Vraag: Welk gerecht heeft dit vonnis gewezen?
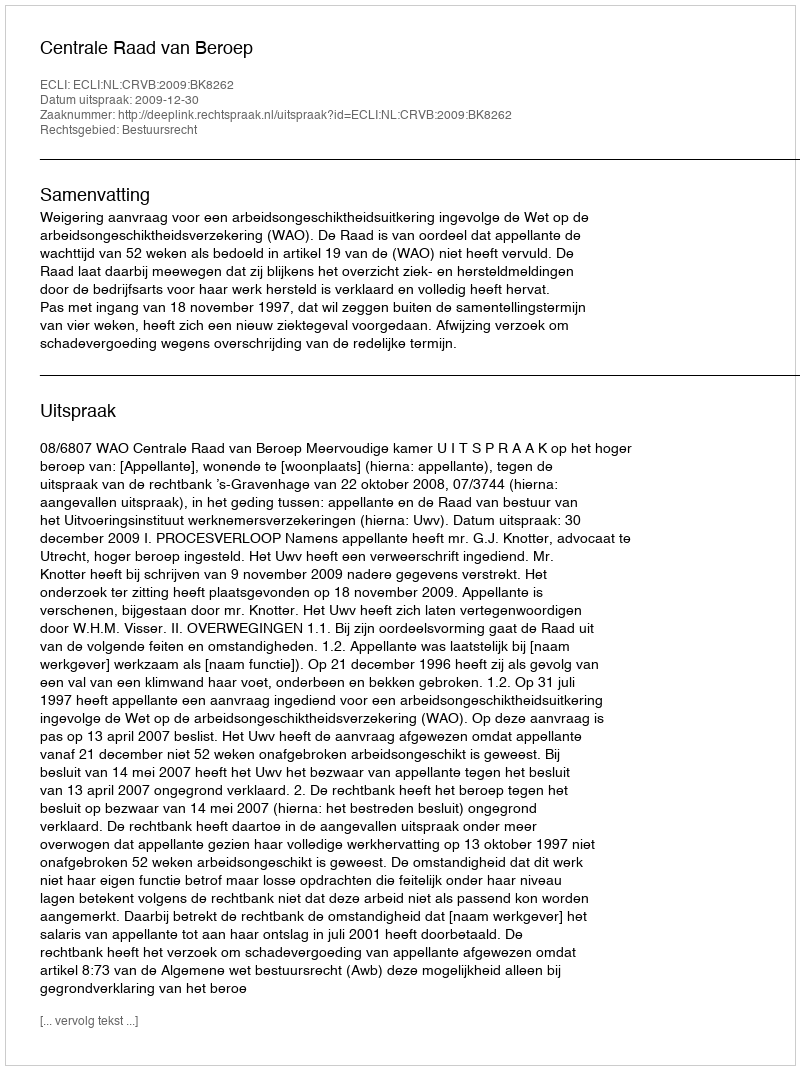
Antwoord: Centrale Raad van Beroep